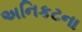
અનિકટના